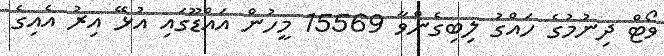
ވޯޓް ދިނުމުގެ ހައްގު ލިބިގެންވާ 15569 މީހުން އައްޑޫގައި އުޅޭ އިރު އެއިގެ